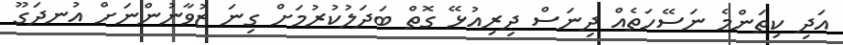
އަދި ކިތަންމެ ނަސޭހަތެއް ދިނަސް ދިރިއުޅޭ ގޮތް ބަދަލުކުރުމަށް ގިނަ ޒުވާނުންނަށް އުނދަގޫ